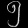
Digit: ၅